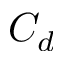
C _ { d }